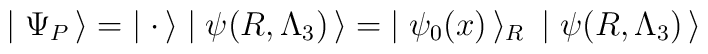
\mid \Psi_P\, \rangle = \; \mid  {\bf \cdot} \, \rangle \mid \psi(R, \Lambda_3) \, \rangle = \; \mid \psi_0(x)\, \rangle_R \: \mid \psi(R, \Lambda_3)\, \rangle